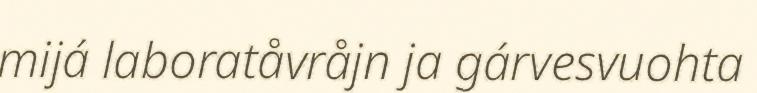
mijá laboratåvråjn ja gárvesvuohta